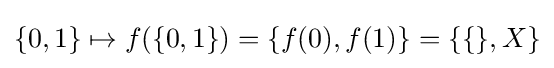
\{0,1\}\mapsto f(\{0,1\})=\{f(0),f(1)\}=\{\{\},X\}